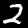
Label: 2